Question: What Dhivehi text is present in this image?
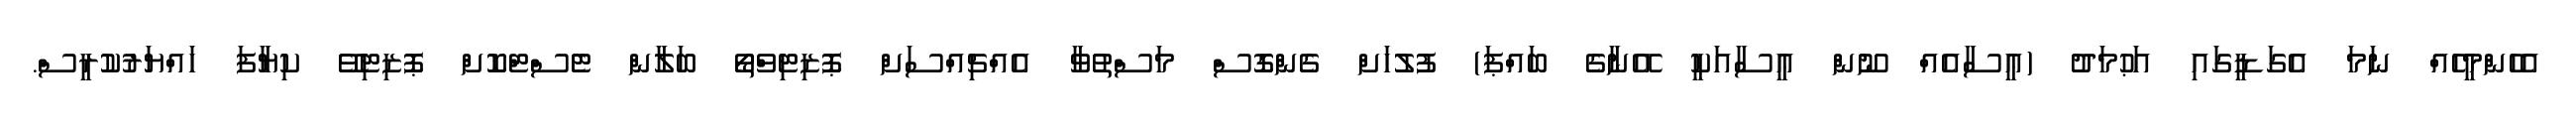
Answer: އެހެންމީހެއް ނަމަ އެގަޑީގައި އަޙުމަދު (ޢީސާއެއް ނޫން ޢީސާއަކީ އޭނާގެ ބައްޕަ) ފުލުހަށް ގެންގޮސް މަސްތުވާ އެއްޗިއްސަށް ޕޮޒިޓިވްތޯ ބަލާން ޓެސްޓްކޮށް ޕޮޒިޓިވޭ ކިޔާފަ ހައްޔަރުކުރީސް.